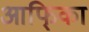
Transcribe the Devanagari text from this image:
आफि्का